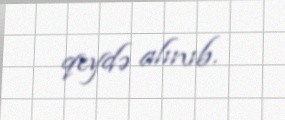
qeydə alınıb.